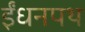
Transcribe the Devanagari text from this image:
ईंधनपथ